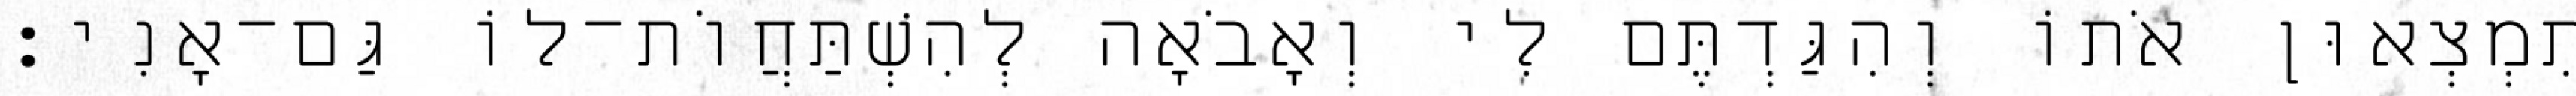
תִמְצְאוּן אֹתוֹ וְהִגַּדְתֶּם לִי וְאָבֹאָה לְהִשְׁתַּחֲוֹת־לוֹ גַּם־אָנִי׃